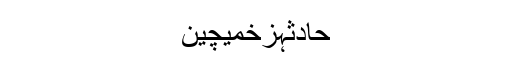
حادثہزخمیچین